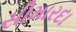
સીમારદા